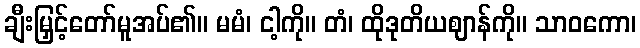
ချီးမြှင့်တော်မူအပ်၏။ မမံ၊ ငါ့ကို။ တံ၊ ထိုဒုတိယဈာန်ကို။ သာဝကော၊